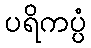
ပရိကပ္ပံ